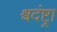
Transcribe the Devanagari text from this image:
श्वदंष्ट्रा